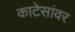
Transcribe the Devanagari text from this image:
काटेसांवर